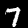
Digit: 7